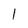
Character: 1